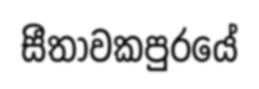
සීතාවකපුරයේ